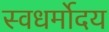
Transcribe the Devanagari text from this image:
स्वधर्मोदय